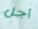
أجل